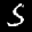
Label: 5